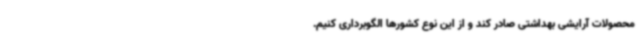
محصولات آرایشی بهداشتی صادر کند و از این نوع کشورها الگوبرداری کنیم.